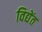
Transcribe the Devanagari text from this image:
विद्येंत